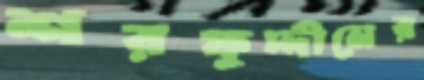
শরফুদ্দীনের